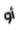
أو